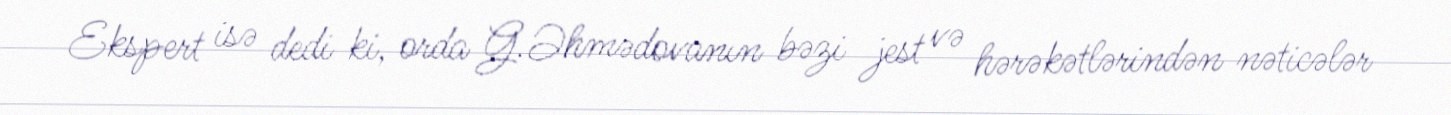
Ekspert isə dedi ki, orda G.Əhmədovanın bəzi jest və hərəkətlərindən nəticələr